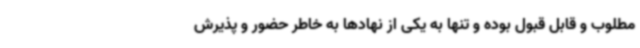
مطلوب و قابل قبول بوده و تنها به یکی از نهادها به خاطر حضور و پذیرش